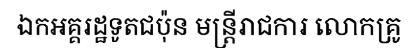
ឯកអគ្គរដ្ឋទូតជប៉ុន មន្ត្រីរាជការ លោកគ្រូ